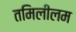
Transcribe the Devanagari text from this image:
तमिलीलम